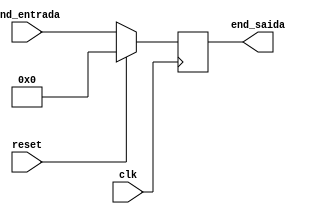
module programCounter(
end_entrada,
end_saida,
clk,
reset
);

	input [31:0] end_entrada;
	input clk;
	input reset;
		
	output reg[31:0] end_saida;

	always @ (posedge clk) begin
		if (reset == 1'b1) end_saida <= 32'b00000000000000000000000000000000;
		else end_saida <= end_entrada;
	end

endmodule